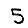
Digit: 5